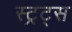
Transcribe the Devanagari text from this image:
स्ट्रट्स